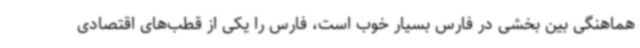
هماهنگی بین بخشی در فارس بسیار خوب است، فارس را یکی از قطب‌های اقتصادی